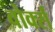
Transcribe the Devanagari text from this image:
वोर्क्स